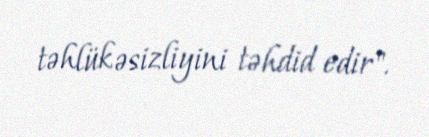
təhlükəsizliyini təhdid edir".